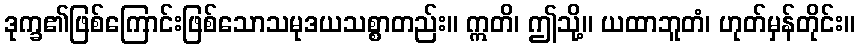
ဒုက္ခ၏ဖြစ်ကြောင်းဖြစ်သောသမုဒယသစ္စာတည်း။ ဣတိ၊ ဤသို့။ ယထာဘူတံ၊ ဟုတ်မှန်တိုင်း။